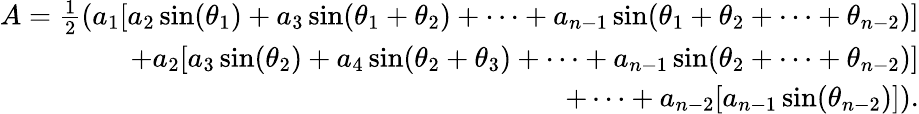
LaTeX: {\begin{array}{r}{A={\frac{1}{2}}(a_{1}[a_{2}\sin(\theta_{1})+a_{3}\sin(\theta_{1}+\theta_{2})+\cdots+a_{n-1}\sin(\theta_{1}+\theta_{2}+\cdots+\theta_{n-2})]}\\ {+a_{2}[a_{3}\sin(\theta_{2})+a_{4}\sin(\theta_{2}+\theta_{3})+\cdots+a_{n-1}\sin(\theta_{2}+\cdots+\theta_{n-2})]}\\ {+\cdots+a_{n-2}[a_{n-1}\sin(\theta_{n-2})]).}\end{array}}